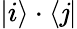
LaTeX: |i\rangle\cdot\langle\mathit{j}|